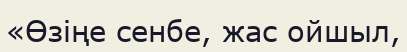
«Өзіңе сенбе, жас ойшыл,